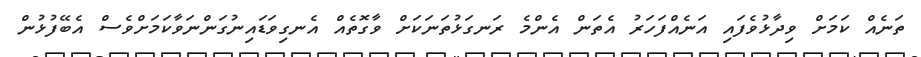
ތަނެއް ކަމަށް ވިދާޅުވެފައި އަނެއްފަހަރު އެތަން އެންމެ ރަނގަޅުތަނަކަށް ވާގޮތެއް އެނގިވަޑައިނުގަންނަވާކަމަށްވެސް އެބޭފުޅުން